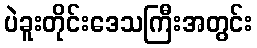
ပဲခူးတိုင်းဒေသကြီးအတွင်း